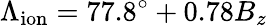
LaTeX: \Lambda_{\mathrm{ion}}=77.8^{\circ}+0.78B_{z}